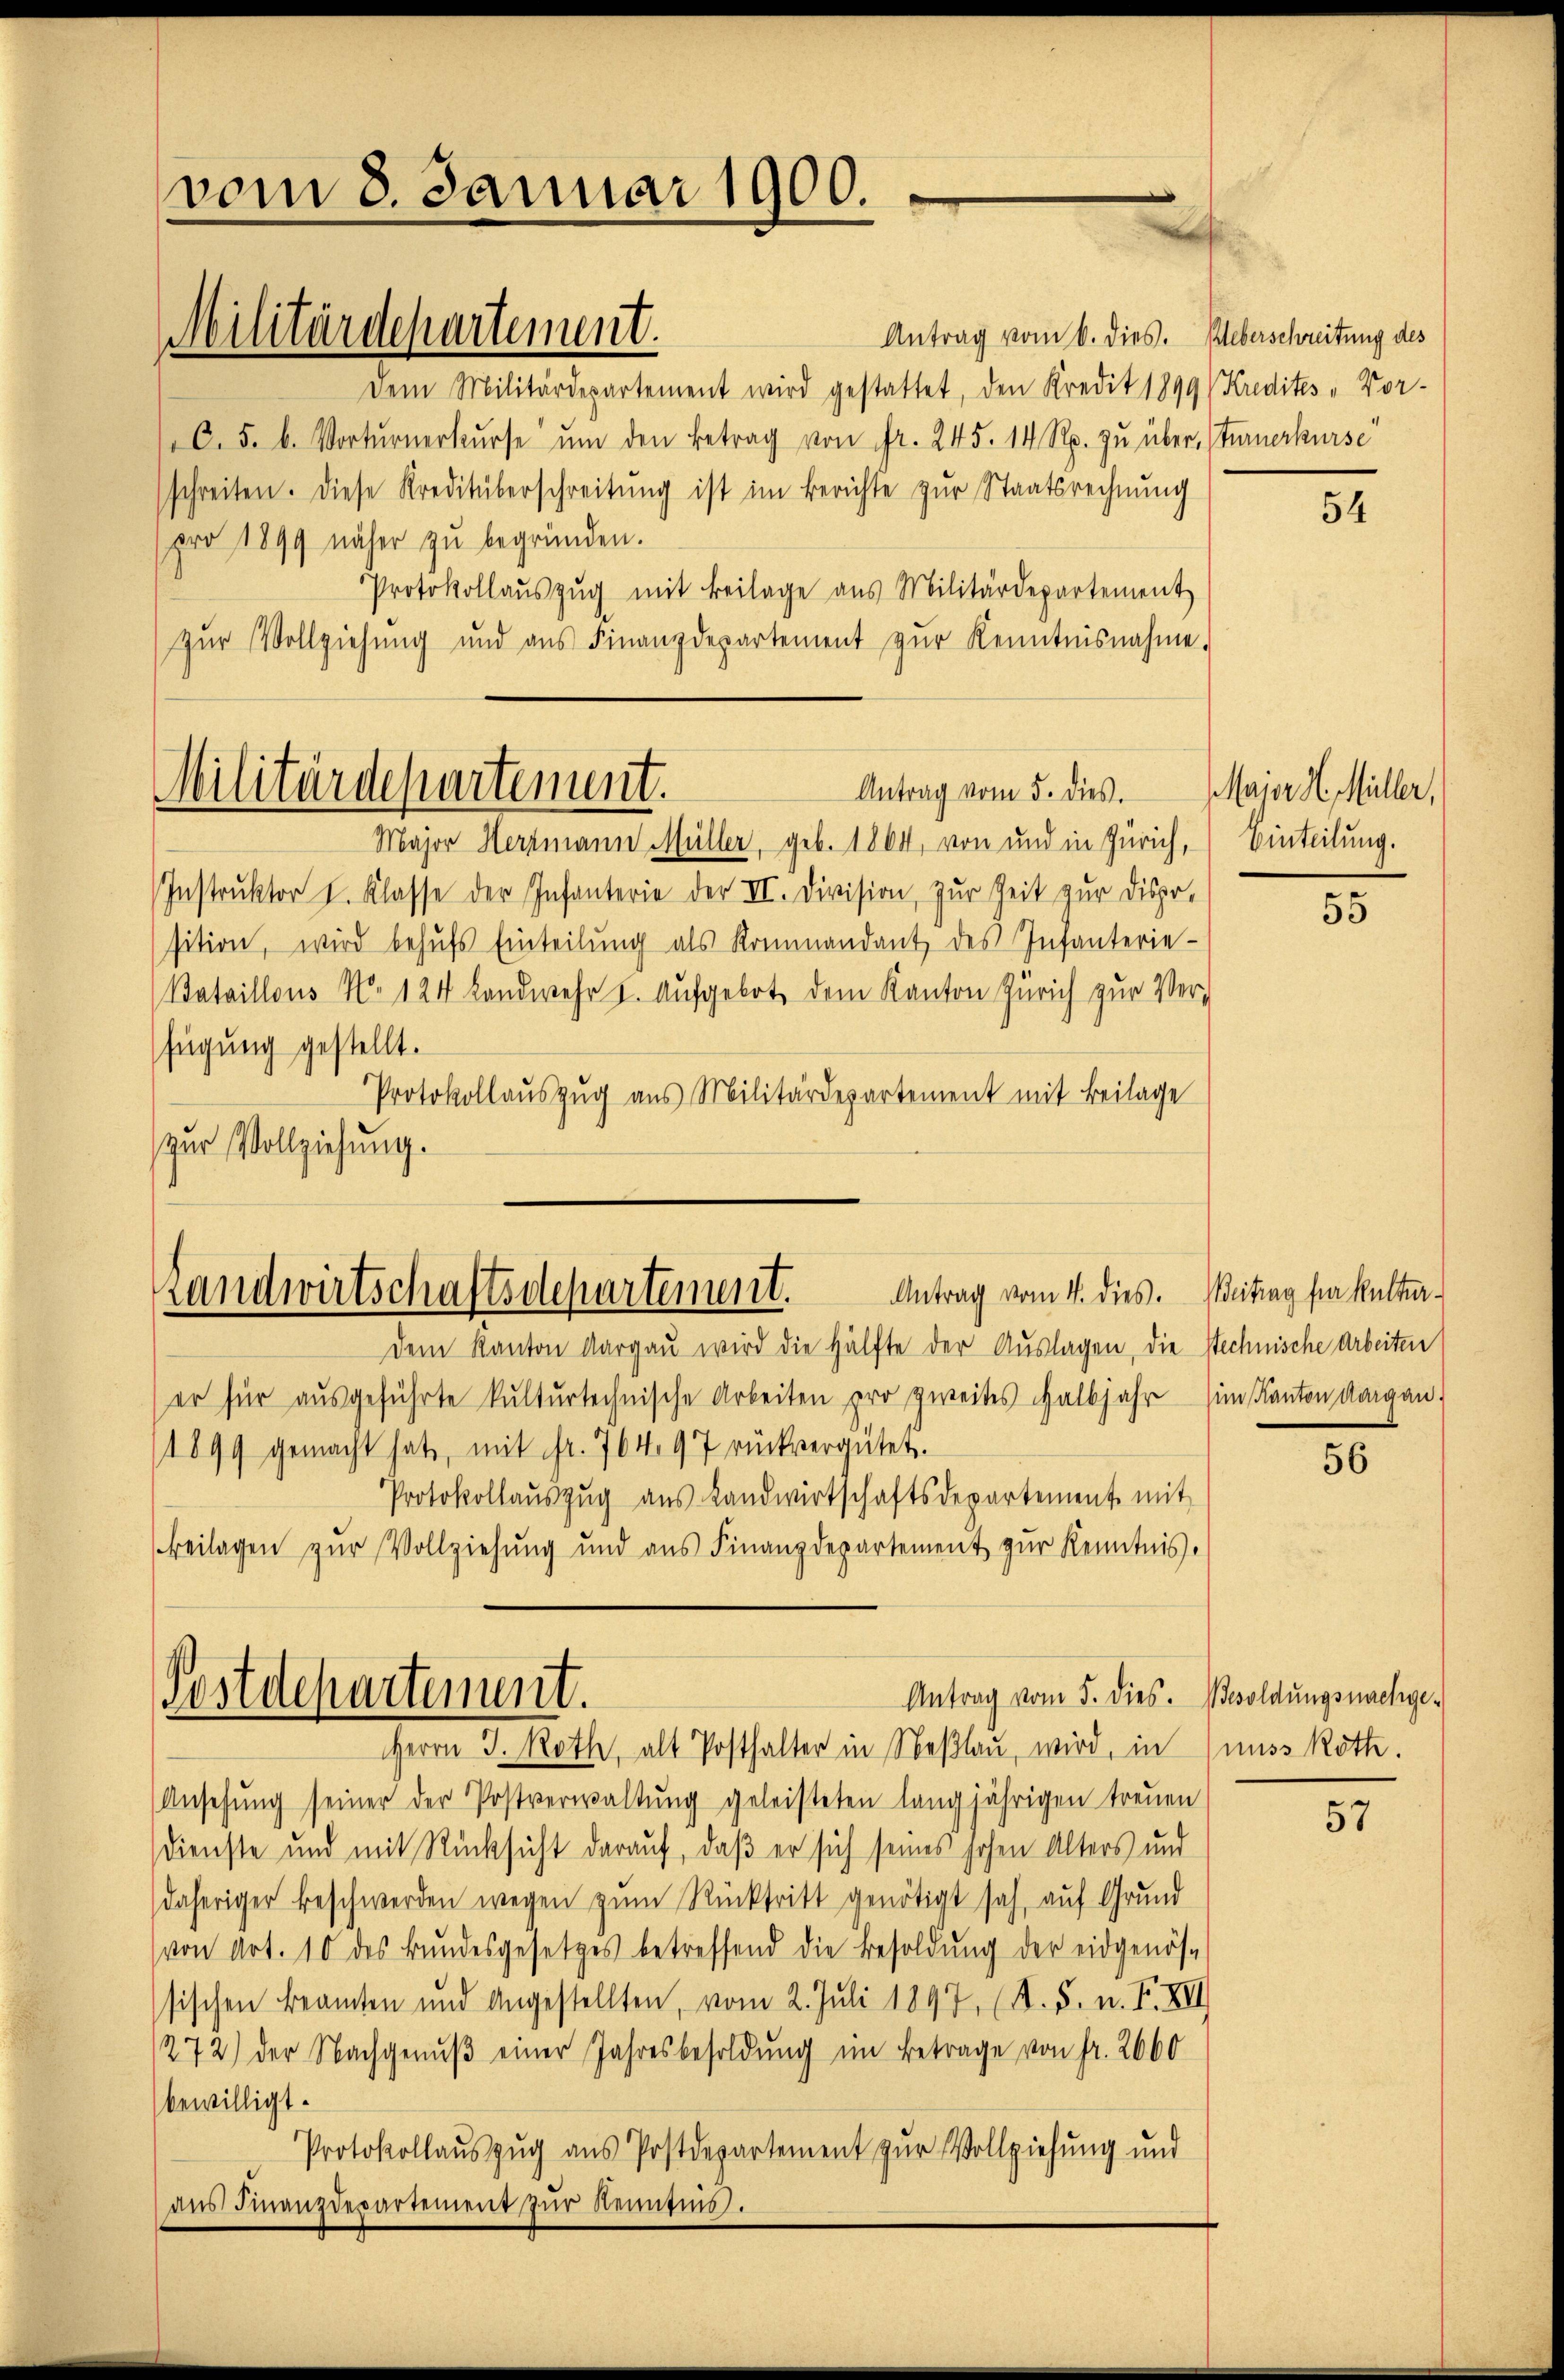
vom 8. Januar 1900.

Antrag vom 6. dies. Ueberschreitung des
Dem Militärdepartement wird gestattet, den Kredit 1899 (Kredites „Vor¬
C. 5. b. Vortŭrnerkŭrse ŭm den Betrag von fr. 245. 14 Rp. zŭ über, Sturmerkurse
schreiten. Diese Kreditüberschreitŭng ist im Berichte zŭr Staatsrechnŭng
pro 1899 näher zŭ begründen.
Protokollaŭszŭg mit Beilage aus Militärdepartement
zŭr Vollziehŭng und aŭs Finanzdepartement zŭr Kenntnisnahme.

Militärdepartement.

Major Herzmann Müller, geb. 1864, von und in Zürich, Einteilung.
Instrŭktor I. Klasse der Infanterie der II. Division, zur Zeit zur Dispo-
sition, wird behŭfs Einteilŭng als Kommandant des Infanterie-
Bataillons No. 124 Landwehr I. Aufgebot dem Kanton Zürich zur Ver-
fügung gestellt.
Protokollauszug aus Militärdepartement mit Beilage
zur Vollziehung.

Militärdepartement.
Antrag vom 5. dies.

Antrag vom 4. dies. Beitrag fra kultur.
Handwirtschaftsdepartement.
dem Kanton Aargau wird die Hälfte der Auslagen, die stechnische Arbeiten

Antrag vom 5. dies. Besoldungsnachge-
Postdepartement.
Herrn J. Roth, alt Posthalter in Neßlau, wird, in muss Rotte.

er für aŭsgeführte kulturtechnische Arbeiten pro zweites Halbjahr im Kanton Aargau,
1899 gemacht hat, mit fr. 764, 97 rückvergütet.
Protokollaŭszŭg aŭs Landwirtschaftsdepartement mit
Beilagen zŭr Vollziehŭng und aŭs Finanzdepartement zŭr Kenntnis.
Ansehung seiner der Postverwaltŭng geleisteten langjährigen treuen
Dienste und mit Rücksicht darauf, daß er sich seines hohen Alters und
daheriger Beschwerden wegen zum Rücktritt genötigt sah auf Grund
von Art. 10 des Bŭndesgesetzes betreffend die Besoldŭng der eidgenös-
sischen Beamten und angestellten, vom 2. Juli 1897, (S. 5. n. F. XII
272) der Nachgenŭβ einer Jahresbesoldung im Betrage von fr. 2660
bewilligt.
Protokollauszug aus Postdepartement zur Vollziehung und
ans Finanzdepartement zŭr Kenntnis.

54

Maier H. Müller,

55

50

57